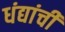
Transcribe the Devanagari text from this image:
धंद्यांची